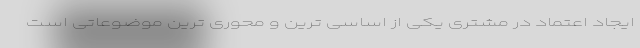
ایجاد اعتماد در مشتری یکی از اساسی ترین و محوری ترین موضوعاتی است